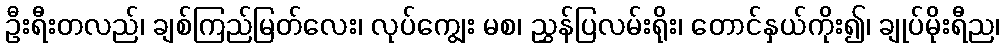
ဦးရီးတလည်၊ ချစ်ကြည်မြတ်လေး၊ လုပ်ကျွေး မစ၊ ညွှန်ပြလမ်းရိုး၊ တောင်နှယ်ကိုး၍၊ ချုပ်မိုးရီည၊